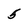
Character: 5